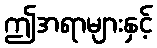
ဤအရာများနှင့်